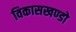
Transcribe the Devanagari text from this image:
विकासखण्डो